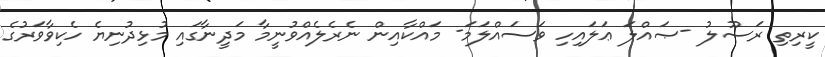
ކީރިތި ރަސޫލު -ޞައްލަ ޢަލައިހި ވަސައްލަމަ- މައްކާއިން ނެރެލެއްވުނީމާ މަދީނާގައި މުޅިދުނިޔެ ހެކިވާވަރުގެ